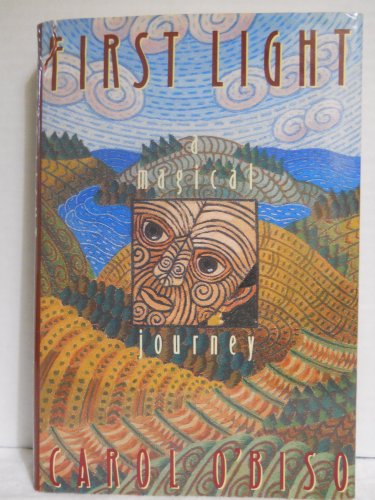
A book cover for First Light: A Magical Journey; Carol O'Biso; Biographies & Memoirs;